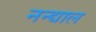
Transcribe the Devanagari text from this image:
नन्द्याल